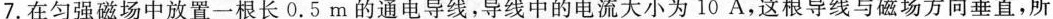
7.在匀强磁场中放置一根长0.5m的通电导线，导线中的电流大小为10A，这根导线与磁场方向垂直，所